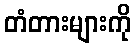
တံတားများကို